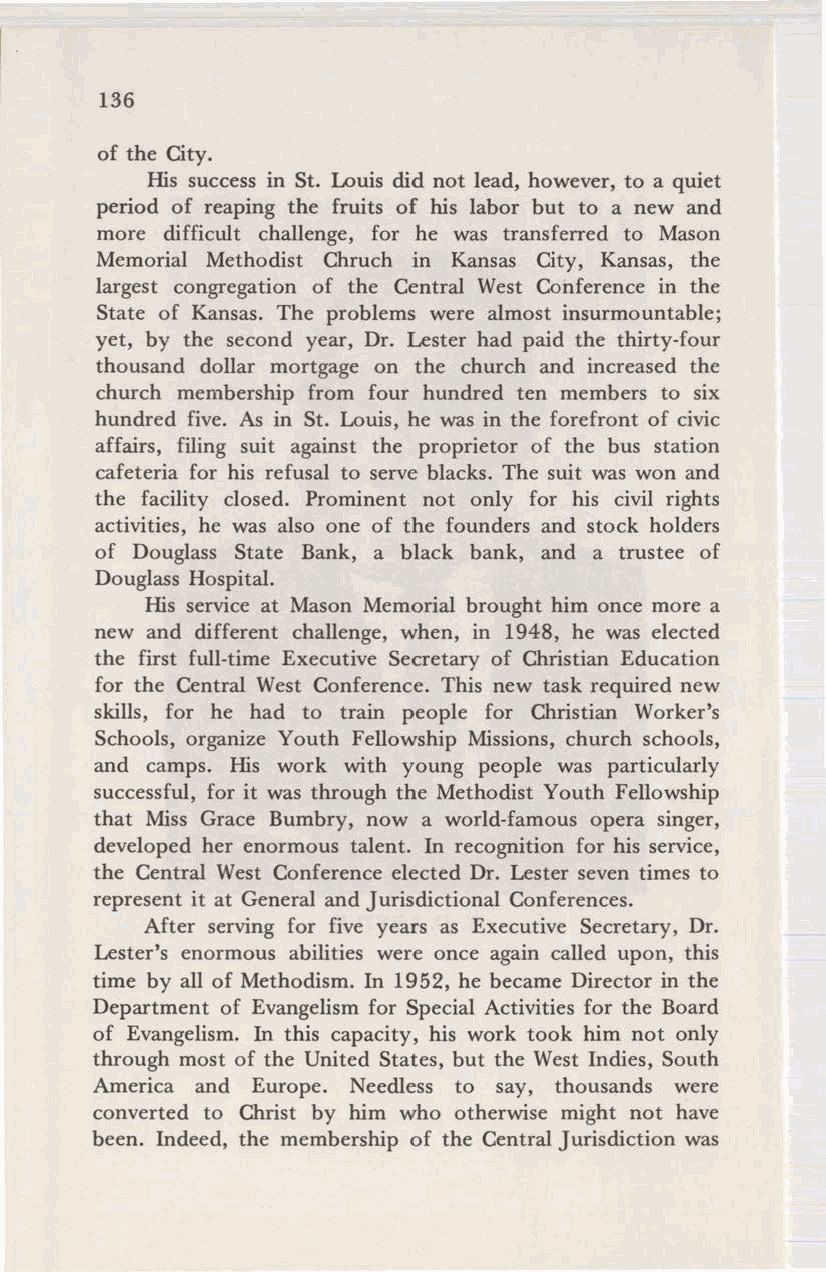
136
 of the City.
 His success in St. Louis did not lead, however, to a quiet
 period of reaping the fruits of his labor but to a new and
 more difficult challenge, for he was transferred to Mason
 Memorial Methodist Chruch in Kansas City, Kansas, the
 largest congregation of the Central West Conference in the
 State of Kansas. The problems were almost insurmountable;
 yet, by the second year, Dr. Lester had paid the thirty-four
 thousand dollar mortgage on the church and increased the
 church membership from four hundred ten members to six
 hundred five. As in St. Louis, he was in the forefront of civic
 affairs, filing suit against the proprietor of the bus station
 cafeteria for his refusal to serve blacks. The suit was won and
 the facility closed. Prominent not only for his civil rights
 activities, he was also one of the founders and stock holders
 of Douglass State Bank, a black bank, and a trustee of
 Douglass Hospital.
 His service at Mason Memorial brought him once more a
 new and different challenge, when, in 1948, he was elected
 the first full-time Executive Secretary of Christian Education
 for the Central West Conference. This new task required new
 skills, for he had to train people for Christian Worker's
 Schools, organize Youth Fellowship Missions, church schools,
 and camps. His work with young people was particularly
 successful, for it was through the Methodist Youth Fellowship
 that Miss Grace Bumbry, now a world-famous opera singer,
 developed her enormous talent. In recognition for his service,
 the Central West Conference elected Dr. Lester seven times to
 represent it at General and Jurisdictional Conferences.
 After serving for five years as Executive Secretary, Dr.
 Lester's enormous abilities were once again called upon, this
 time by all of Methodism. In 1952, he became Director in the
 Department of Evangelism for Special Activities for the Board
 of Evangelism. In this capacity, his work took him not only
 through most of the United States, but the West Indies, South
 America and Europe. Needless to say, thousands were
 converted to Christ by him who otherwise might not have
 been. Indeed, the membership of the Central Jurisdiction was